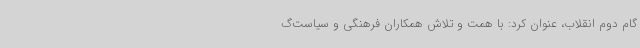
گام دوم انقلاب، عنوان کرد: با همت و تلاش همکاران فرهنگی و سیاست‌گ